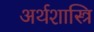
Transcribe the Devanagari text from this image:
अर्थशास्त्रि